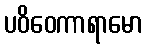
ပဝိဝေကာရာမော